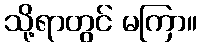
သို့ရာတွင် မကြာ။